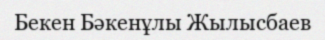
Бекен Бәкенұлы Жылысбаев